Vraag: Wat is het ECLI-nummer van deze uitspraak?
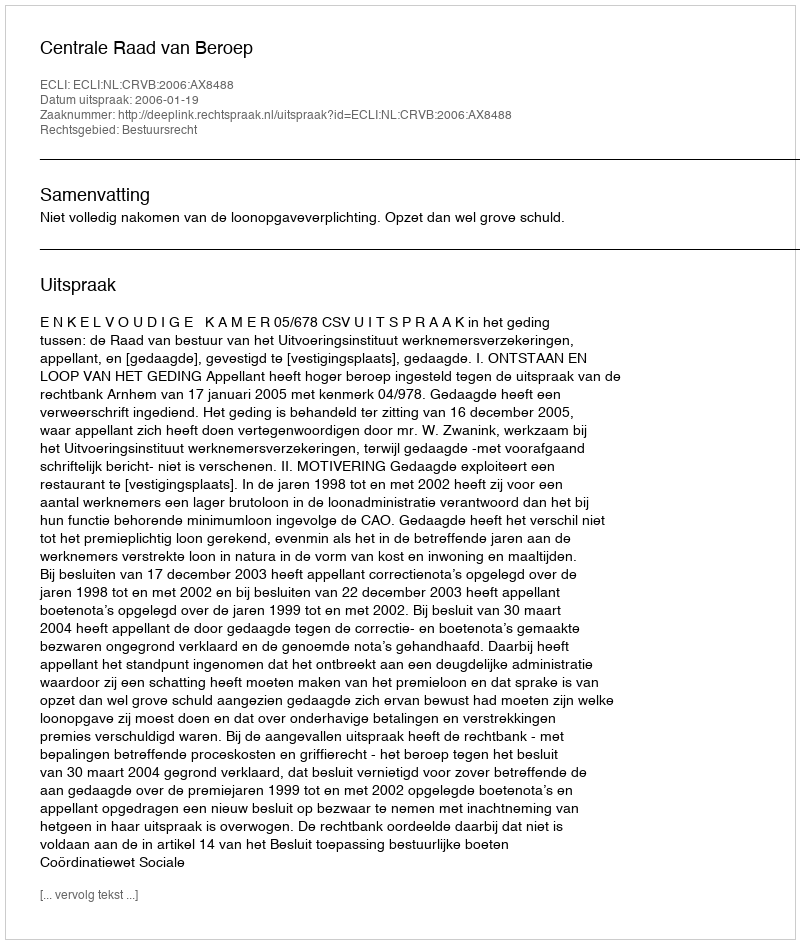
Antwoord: ECLI:NL:CRVB:2006:AX8488